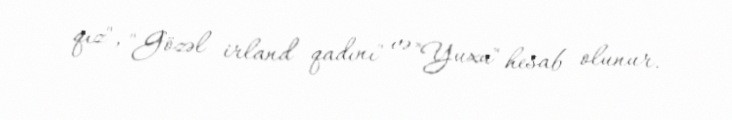
qız", "Gözəl irland qadını" və "Yuxu" hesab olunur.